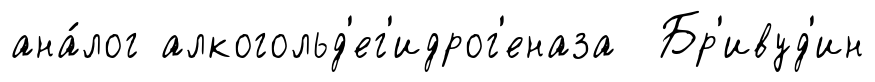
ана́лог алкогольд'ег'идрог'еназа Бр'ивуд'ин